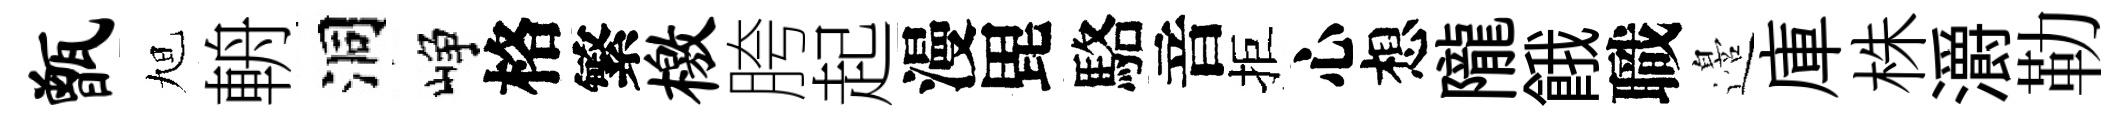
甑旭輈洞峥格繁檄胯起漫毘駱音拒心想隴餓職邉庫株灂勒